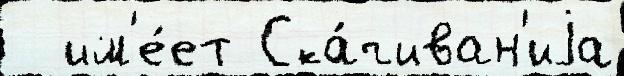
  им'е́ет Ска́чиван'иjа